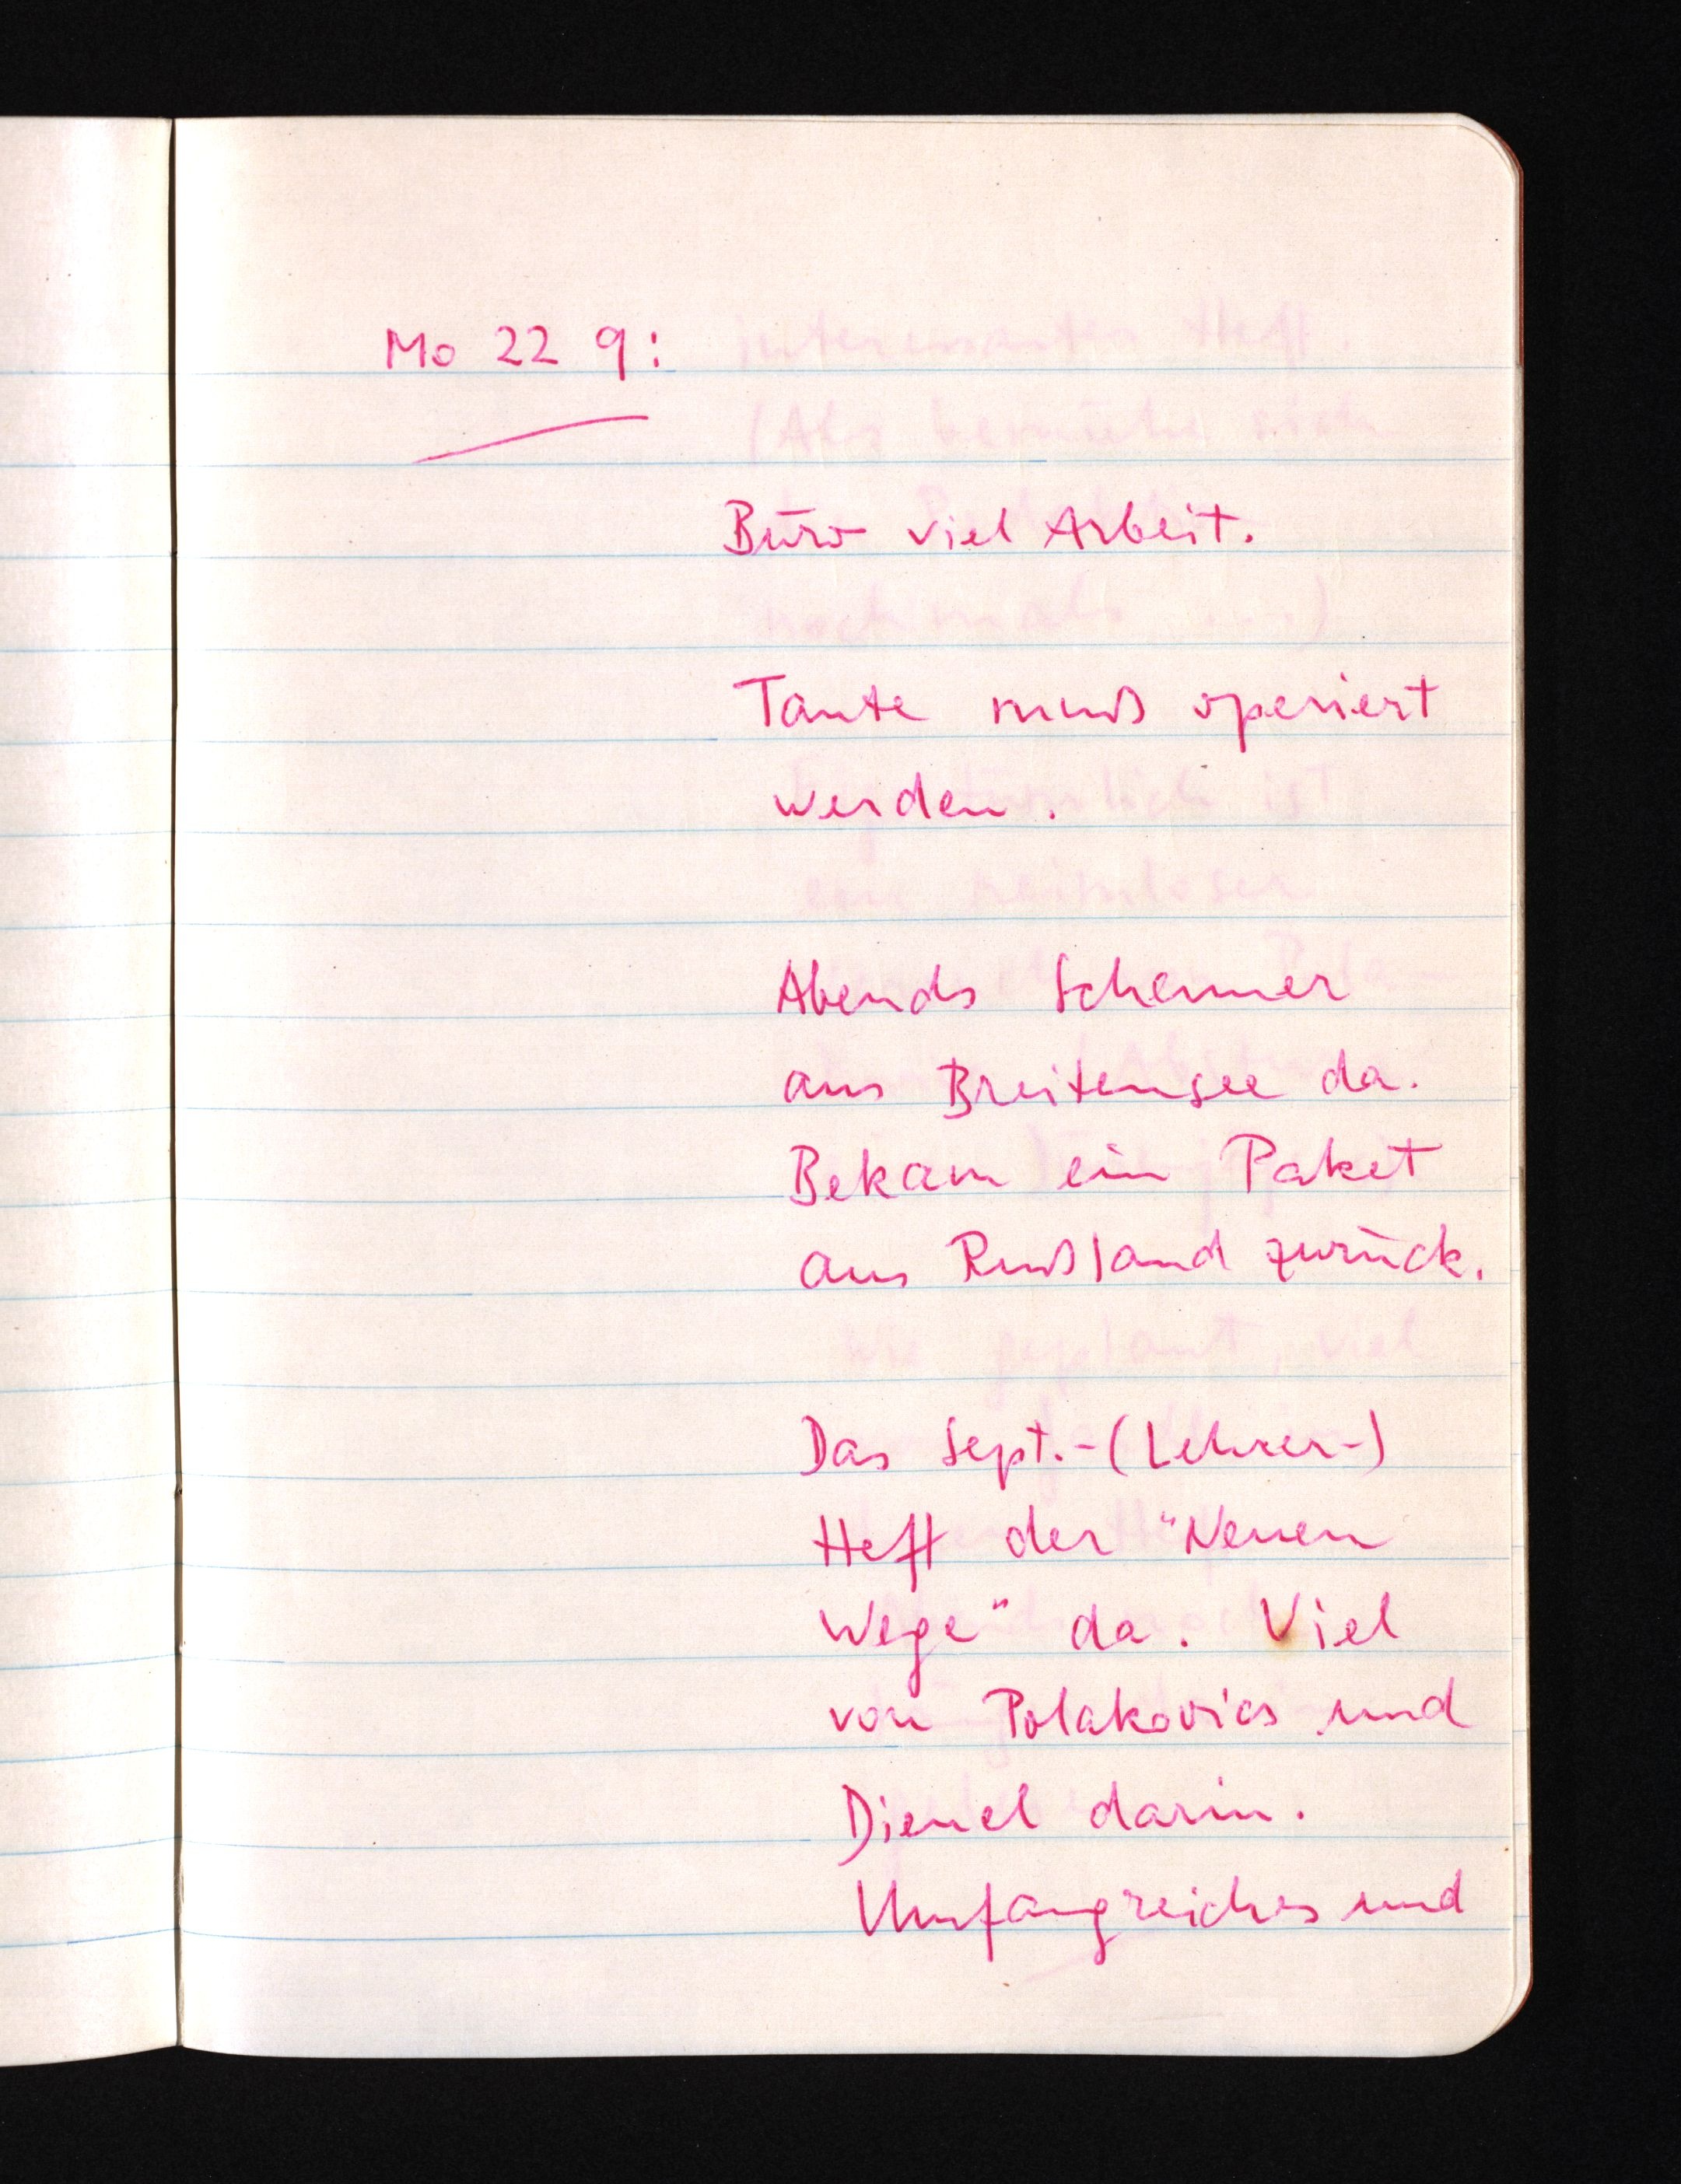
Mo 22 9:
Büro viel Arbeit.
Tante muß operiert
werden.
Abends Scheuner
aus Breitensee da.
Bekam ein Paket
aus Rußland zurück.
Das Sept.-(Lehrer-)
Heft der "Neuen
Wege" da. Viel
von Polakovics und
Dienel darin.
Umfangreiches und